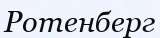
Ротенберг